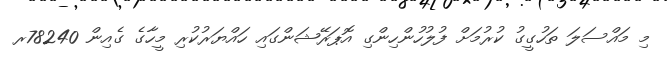
މި މައްސަލަ ތަހުގީގު ކުރުމަށް ފުލުހުންހިންގި އޮޕަރޭޝަންގައި ހައްޔަރުކުރި މީހާގެ ގެއިން 78240ރ